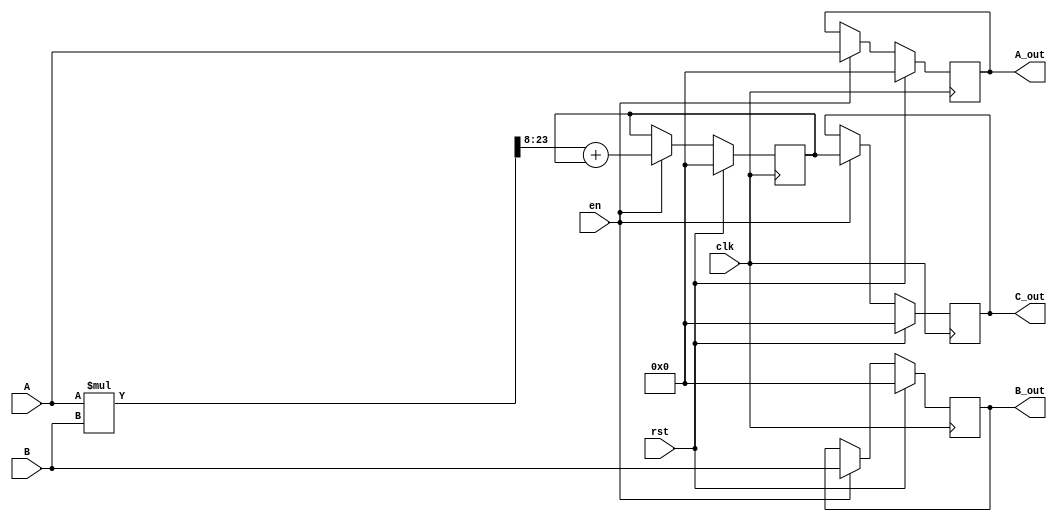
module PE_fi (
    clk, en, rst, A, B, A_out, B_out, C_out
);
    input clk;
    input en; 
    input rst;
    input wire [15:0] A;
    input wire [15:0] B;
    output reg [15:0] A_out;
    output reg [15:0] B_out;
    output reg [15:0] C_out; // 33 bit to account for 16 * 16 bit multiplication

    wire [31:0] mul;
    wire [15:0] C;

    reg [15:0] out_mem;

    initial begin 
        // Initialise all registers to 0
        A_out <= 16'd0;
        B_out <= 16'd0;
        C_out <= 16'd0;
        out_mem <= 16'd0;
    end

    always @(posedge clk ) begin
        if (rst) begin
            A_out <= 16'd0;
            B_out <= 16'd0;
            C_out <= 16'd0;
            out_mem <= 16'd0; 
        end else if (en) begin 
            // MAC
            out_mem <= C + out_mem;

            // Propogate output
            A_out <= A;
            B_out <= B;
            C_out <= out_mem;
        end
    end

    // Truncate the 32 bit result of the 
    // multiplication to the middle 16 bits
    assign mul = A * B;
    assign C = mul[23:8];

endmodule